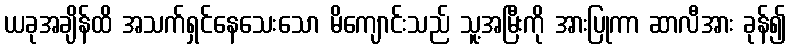
ယခုအချိန်ထိ အသက်ရှင်နေသေးသော မိကျောင်းသည် သူ့အမြီးကို အားပြုကာ ဆာလီအား ခုန်၍